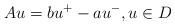
LaTeX: \begin{align*} Au = bu^+ - au^-, u \in D\end{align*}